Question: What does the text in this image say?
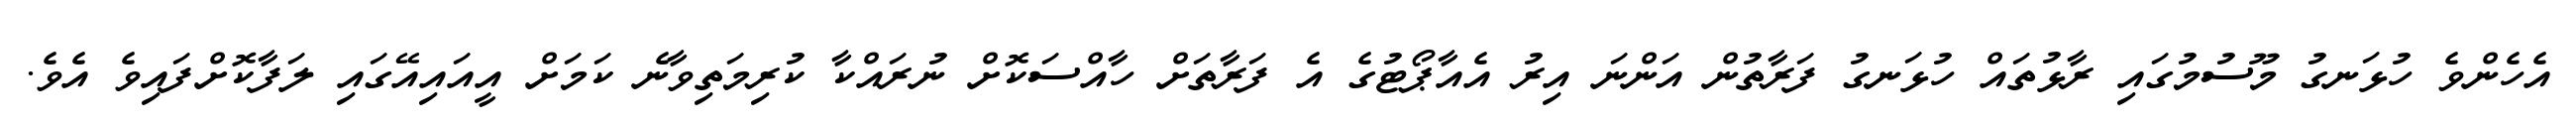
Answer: އެހެންވެ ހުޅަނގު މޫސުމުގައި ރާޅުތައް ހުޅަނގު ފަރާތުން އަންނަ އިރު އެއާޕޯޓުގެ އެ ފަރާތަށް ހާއްސަކޮށް ނުރައްކާ ކުރިމަތިވާނެ ކަމަށް އީއައިއޭގައި ލަފާކޮށްފައިވެ އެވެ.